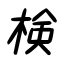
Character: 検